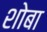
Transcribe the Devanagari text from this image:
शोबा